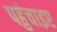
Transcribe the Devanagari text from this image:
पहुंचाइए